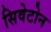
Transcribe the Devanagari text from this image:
सिवेटोन